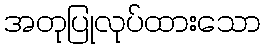
အတုပြုလုပ်ထားသော